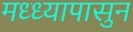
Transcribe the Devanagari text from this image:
मध्ध्यापासुन